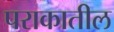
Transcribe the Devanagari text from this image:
पराकातील